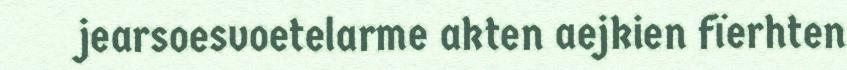
jearsoesvoetelarme akten aejkien fïerhten